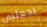
يجعلنى